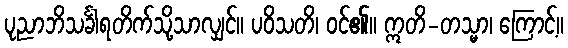
ပုညာဘိသင်္ခါရတိက်သို့သာလျှင်။ ပဝိသတိ၊ ဝင်၏။ ဣတိ-တသ္မာ၊ ကြောင့်။